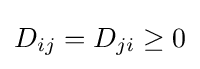
D_{ij}=D_{ji}\geq 0